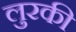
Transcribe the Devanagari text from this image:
लुरकी